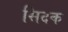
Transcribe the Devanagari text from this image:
सिदक